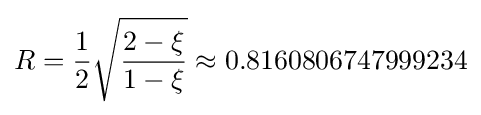
R={\frac {1}{2}}{\sqrt {\frac {2-\xi }{1-\xi }}}\approx 0.8160806747999234